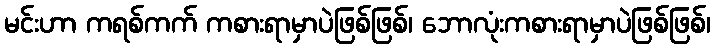
မင်းဟာ ကရစ်ကက် ကစားရာမှာပဲဖြစ်ဖြစ်၊ ဘောလုံးကစားရာမှာပဲဖြစ်ဖြစ်၊